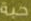
حبة